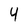
Character: 4